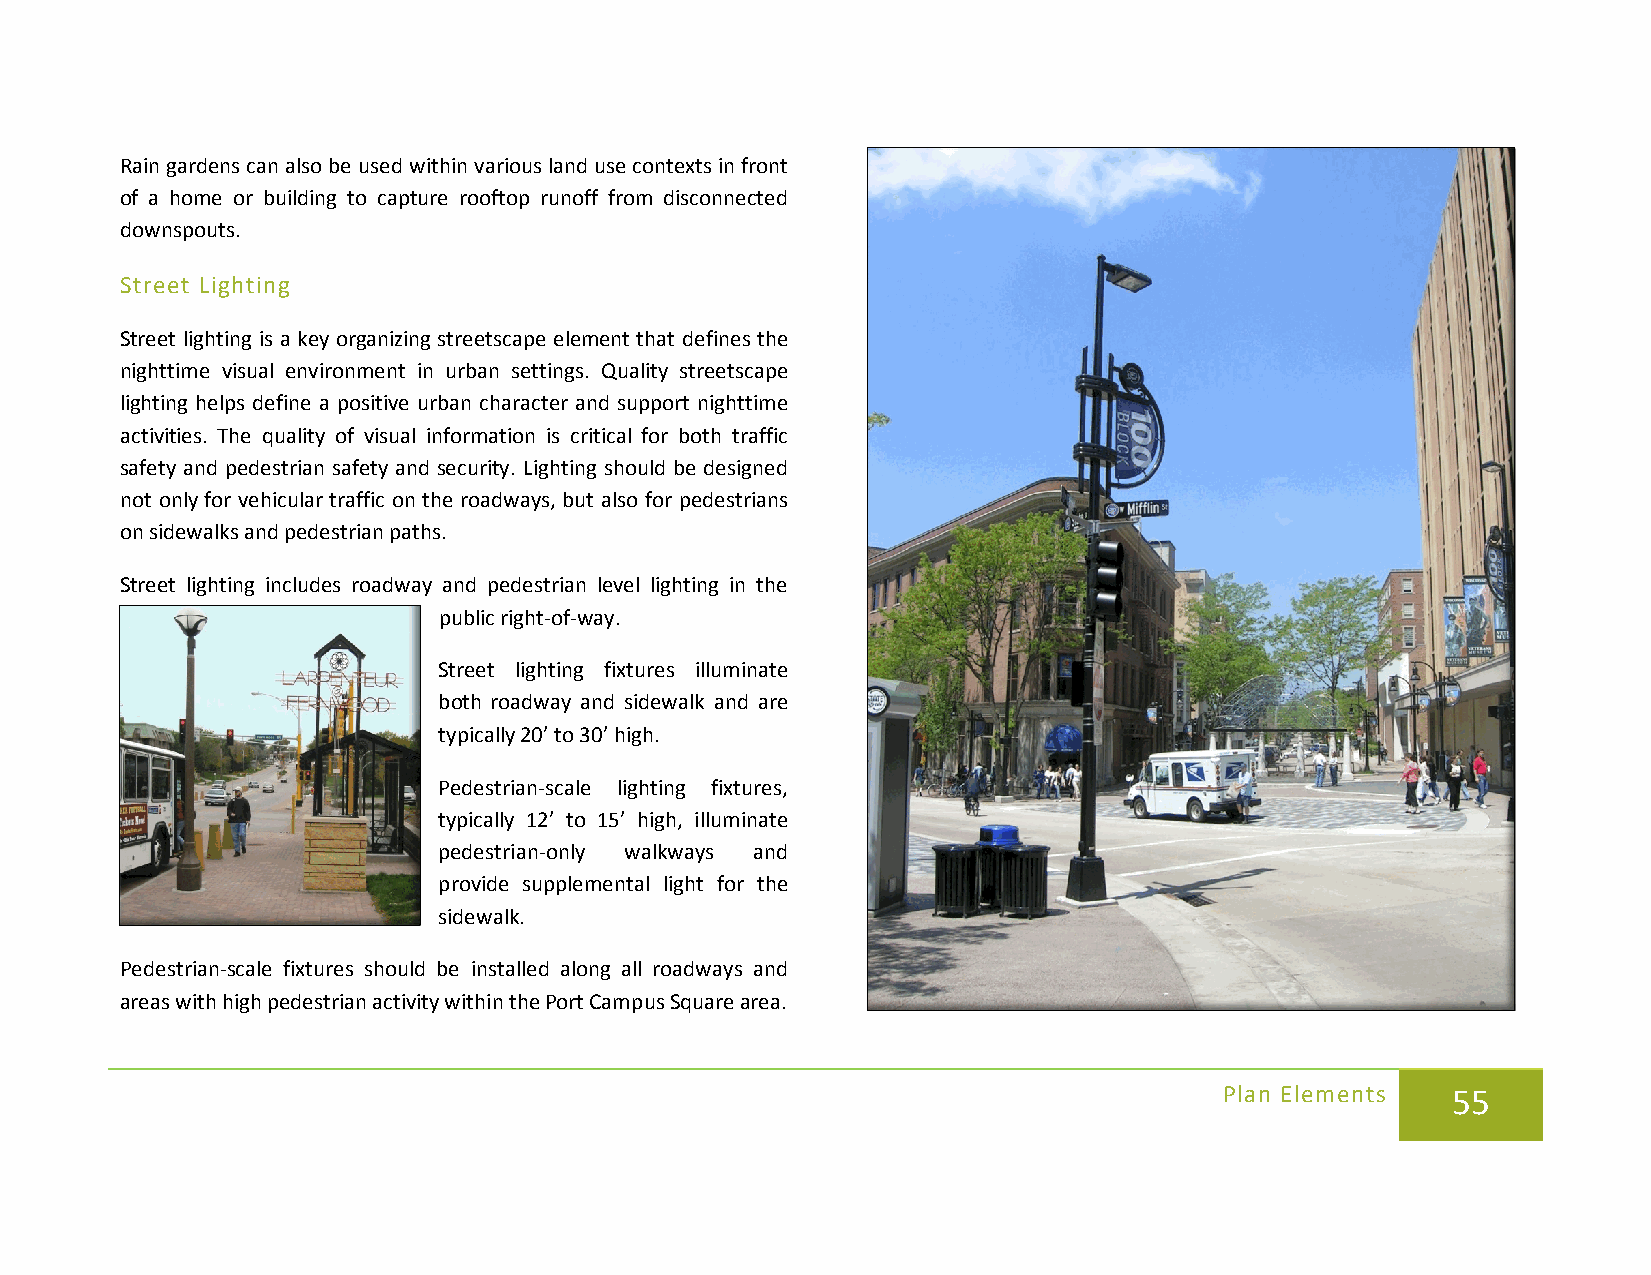
Rain gardens can also be used within various land use contexts in front
 of a home or building to capture rooftop runoff from disconnected
 downspouts.
 Street Lighting
 Street lighting is a key organizing streetscape element that defines the
 nighttime visual environment in urban settings. Quality streetscape
 lighting helps define a positive urban character and support nighttime
 activities. The quality of visual information is critical for both traffic
 safety and pedestrian safety and security. Lighting should be designed
 not only for vehicular traffic on the roadways, but also for pedestrians
 on sidewalks and pedestrian paths.
 Street lighting includes roadway and pedestrian level lighting in the
 public right-of-way.
 Street lighting fixtures illuminate
 both roadway and sidewalk and are
 typically 20’ to 30’ high.
 Pedestrian-scale lighting fixtures,
 typically 12’ to 15’ high, illuminate
 pedestrian-only walkways and
 provide supplemental light for the
 sidewalk.
 Pedestrian-scale fixtures should be installed along all roadways and
 areas with high pedestrian activity within the Port Campus Square area.
 Plan Elements  55